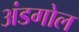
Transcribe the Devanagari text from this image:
अंडगोल